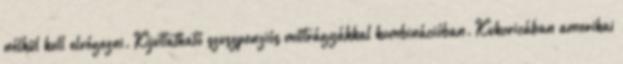
nélkül kell elvégezni. Kijuttatható szuszpenziós műtrágyákkal kombinációban. Kukoricában amerikai